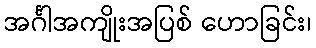
အင်္ဂါအကျိုးအပြစ် ဟောခြင်း၊